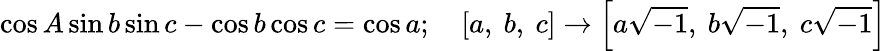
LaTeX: \cos A\sin b\sin c-\cos b\cos c=\cos a;\quad[a,\ b,\ c]\rightarrow\left[a{\sqrt{-1}},\ b{\sqrt{-1}},\ c{\sqrt{-1}}\right]